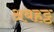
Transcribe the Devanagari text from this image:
अबहट्ठ